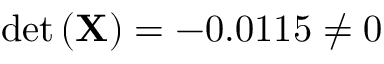
\operatorname* { d e t } \left( \mathbf { X } \right) = - 0 . 0 1 1 5 \neq 0